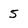
Character: 5